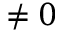
\neq 0